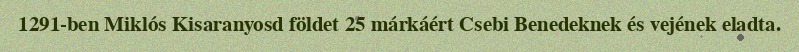
1291-ben Miklós Kisaranyosd földet 25 márkáért Csebi Benedeknek és vejének eladta.